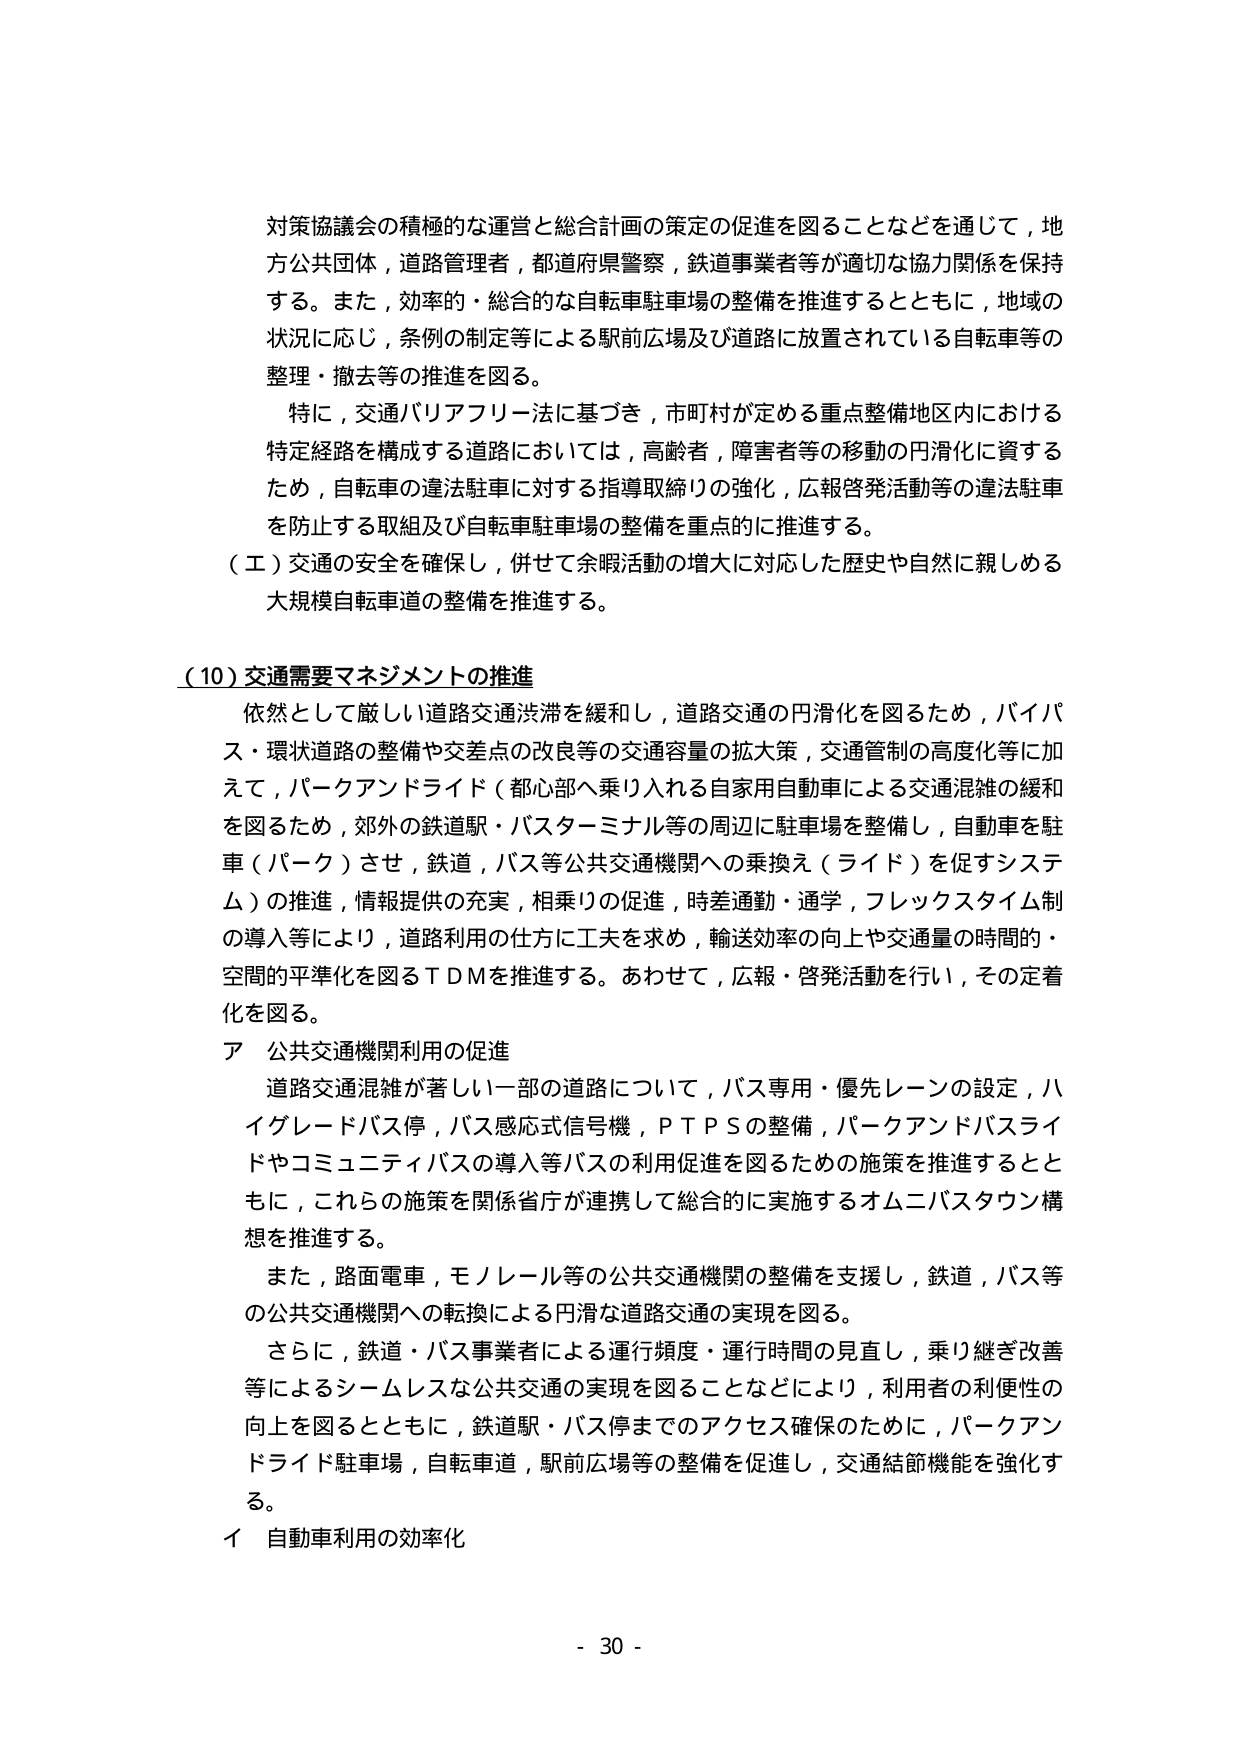
対策協議会の積極的な運営と総合計画の策定の促進を図ることなどを通じて，地方公共団体，道路管理者，都道府県警察，鉄道事業者等が適切な協力関係を保持する。また，効率的・総合的な自転車駐車場の整備を推進するとともに，地域の状況に応じ，条例の制定等による駅前広場及び道路に放置されている自転車等の整理・撤去等の推進を図る。

特に，交通バリアフリー法に基づき，市町村が定める重点整備地区内における特定経路を構成する道路においては，高齢者，障害者等の移動の円滑化に資するため，自転車の違法駐車に対する指導取締りの強化，広報啓発活動等の違法駐車を防止する取組及び自転車駐車場の整備を重点的に推進する。

（エ）交通の安全を確保し，併せて余暇活動の増大に対応した歴史や自然に親しめる大規模自転車道の整備を推進する。

（10）交通需要マネジメントの推進

依然として厳しい道路交通渋滞を緩和し，道路交通の円滑化を図るため，バイパス・環状道路の整備や交差点の改良等の交通容量の拡大策，交通管制の高度化等に加えて，パークアンドライド（都心部へ乗り入れる自家用自動車による交通混雑の緩和を図るため，郊外の鉄道駅・バスターミナル等の周辺に駐車場を整備し，自動車を駐車（パーク）させ，鉄道，バス等公共交通機関への乗換え（ライド）を促すシステム）の推進，情報提供の充実，相乗りの促進，時差通勤・通学，フレックスタイム制の導入等により，道路利用の仕方に工夫を求め，輸送効率の向上や交通量の時間的・空間的平準化を図るＴＤＭを推進する。あわせて，広報・啓発活動を行い，その定着化を図る。

ア 公共交通機関利用の促進

道路交通混雑が著しい一部の道路について，バス専用・優先レーンの設定，ハイグレードバス停，バス感応式信号機，ＰＴＰＳの整備，パークアンドバスライドやコミュニティバスの導入等バスの利用促進を図るための施策を推進するとともに，これらの施策を関係省庁が連携して総合的に実施するオムニバスタウン構想を推進する。

また，路面電車，モノレール等の公共交通機関の整備を支援し，鉄道，バス等の公共交通機関への転換による円滑な道路交通の実現を図る。

さらに，鉄道・バス事業者による運行頻度・運行時間の見直し，乗り継ぎ改善等によるシームレスな公共交通の実現を図ることなどにより，利用者の利便性の向上を図るとともに，鉄道駅・バス停までのアクセス確保のために，パークアンドライド駐車場，自転車道，駅前広場等の整備を促進し，交通結節機能を強化する。

イ 自動車利用の効率化

- 30 -